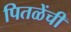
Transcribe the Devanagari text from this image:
पितळेंची